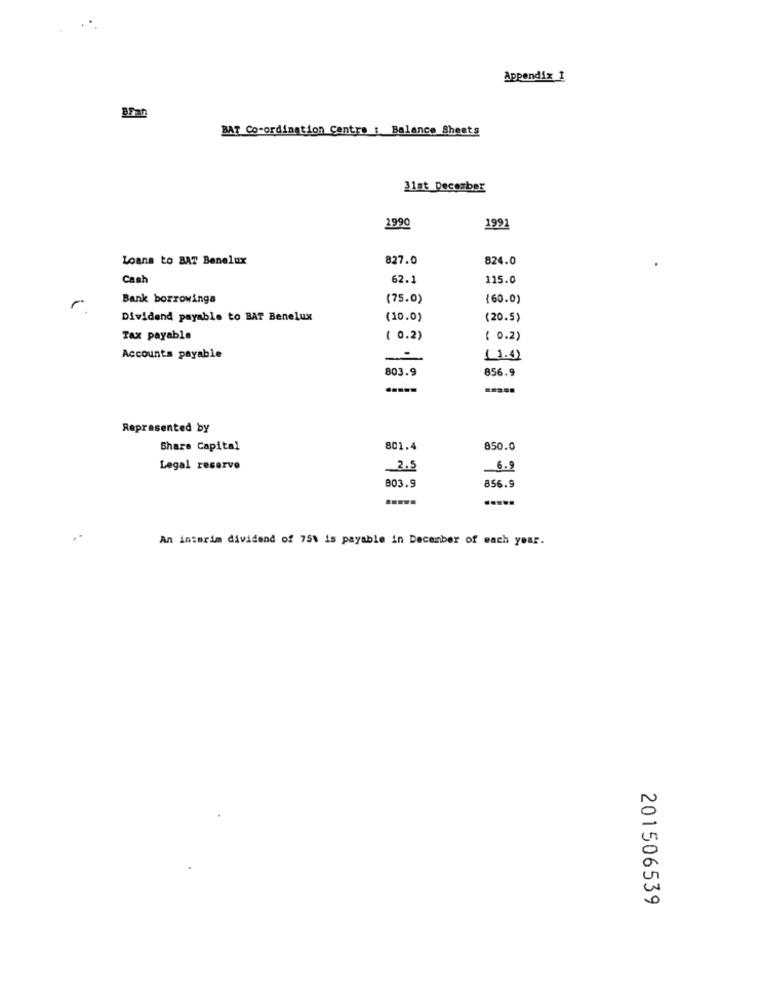
Appendix 1
BFan
BAT Co-ordination Centro : Balance Sheets
31st December
2990
1991
Loans to BAT Benelux
827.0
824.0
Cash
62.1
115.0
Bank borrowinga
(75.0)
(60.0)
Dividend payable to BAT Benelux
(10.0)
(20.5)
Tax payable
( 0.2)
( 0.2)
Accounts payable
( 1.4)
803.9
856.9
Represented by
Share Capital
801.4
850.0
Legal reserve
2.5
6.9
803.9
856.9
An interim dividend of 75% is payable in December of each year.
201506539